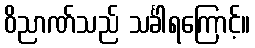
ဝိညာဏ်သည် သင်္ခါရကြောင့်။